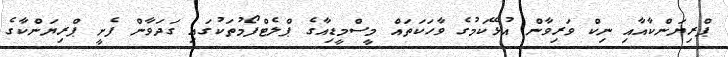
ޕްރިޔަންކާއާއި ނިކް ވަރިވާން އުޅޭކަމުގެ ވާހަކަތައް މީސްމީޑިއާގެ ޕްލެޓްފޯމުތަކުގައި ގަދަވާން ފެށީ ޕްރިޔަންކާގެ